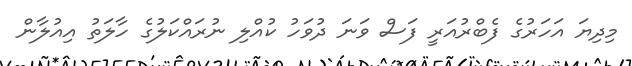
މިދިޔަ އަހަރުގެ ފެބްރުއަރީ ފަސް ވަނަ ދުވަހު ކުއްލި ނުރައްކަލުގެ ހާލަތު އިއުލާން